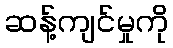
ဆန့်ကျင်မှုကို